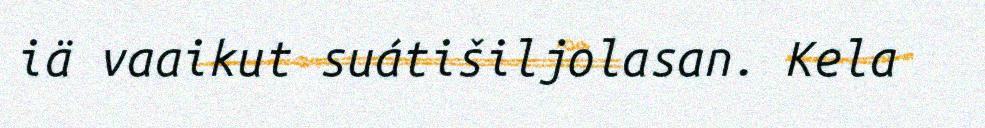
iä vaaikut suátišiljolasan. Kela